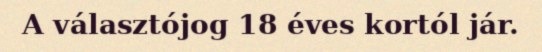
A választójog 18 éves kortól jár.